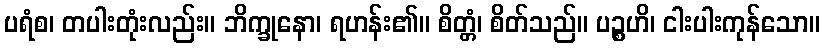
ပရံစ၊ တပါးတုံးလည်း။ ဘိက္ခုနော၊ ရဟန်း၏။ စိတ္တံ၊ စိတ်သည်။ ပဉ္စဟိ၊ ငါးပါးကုန်သော။